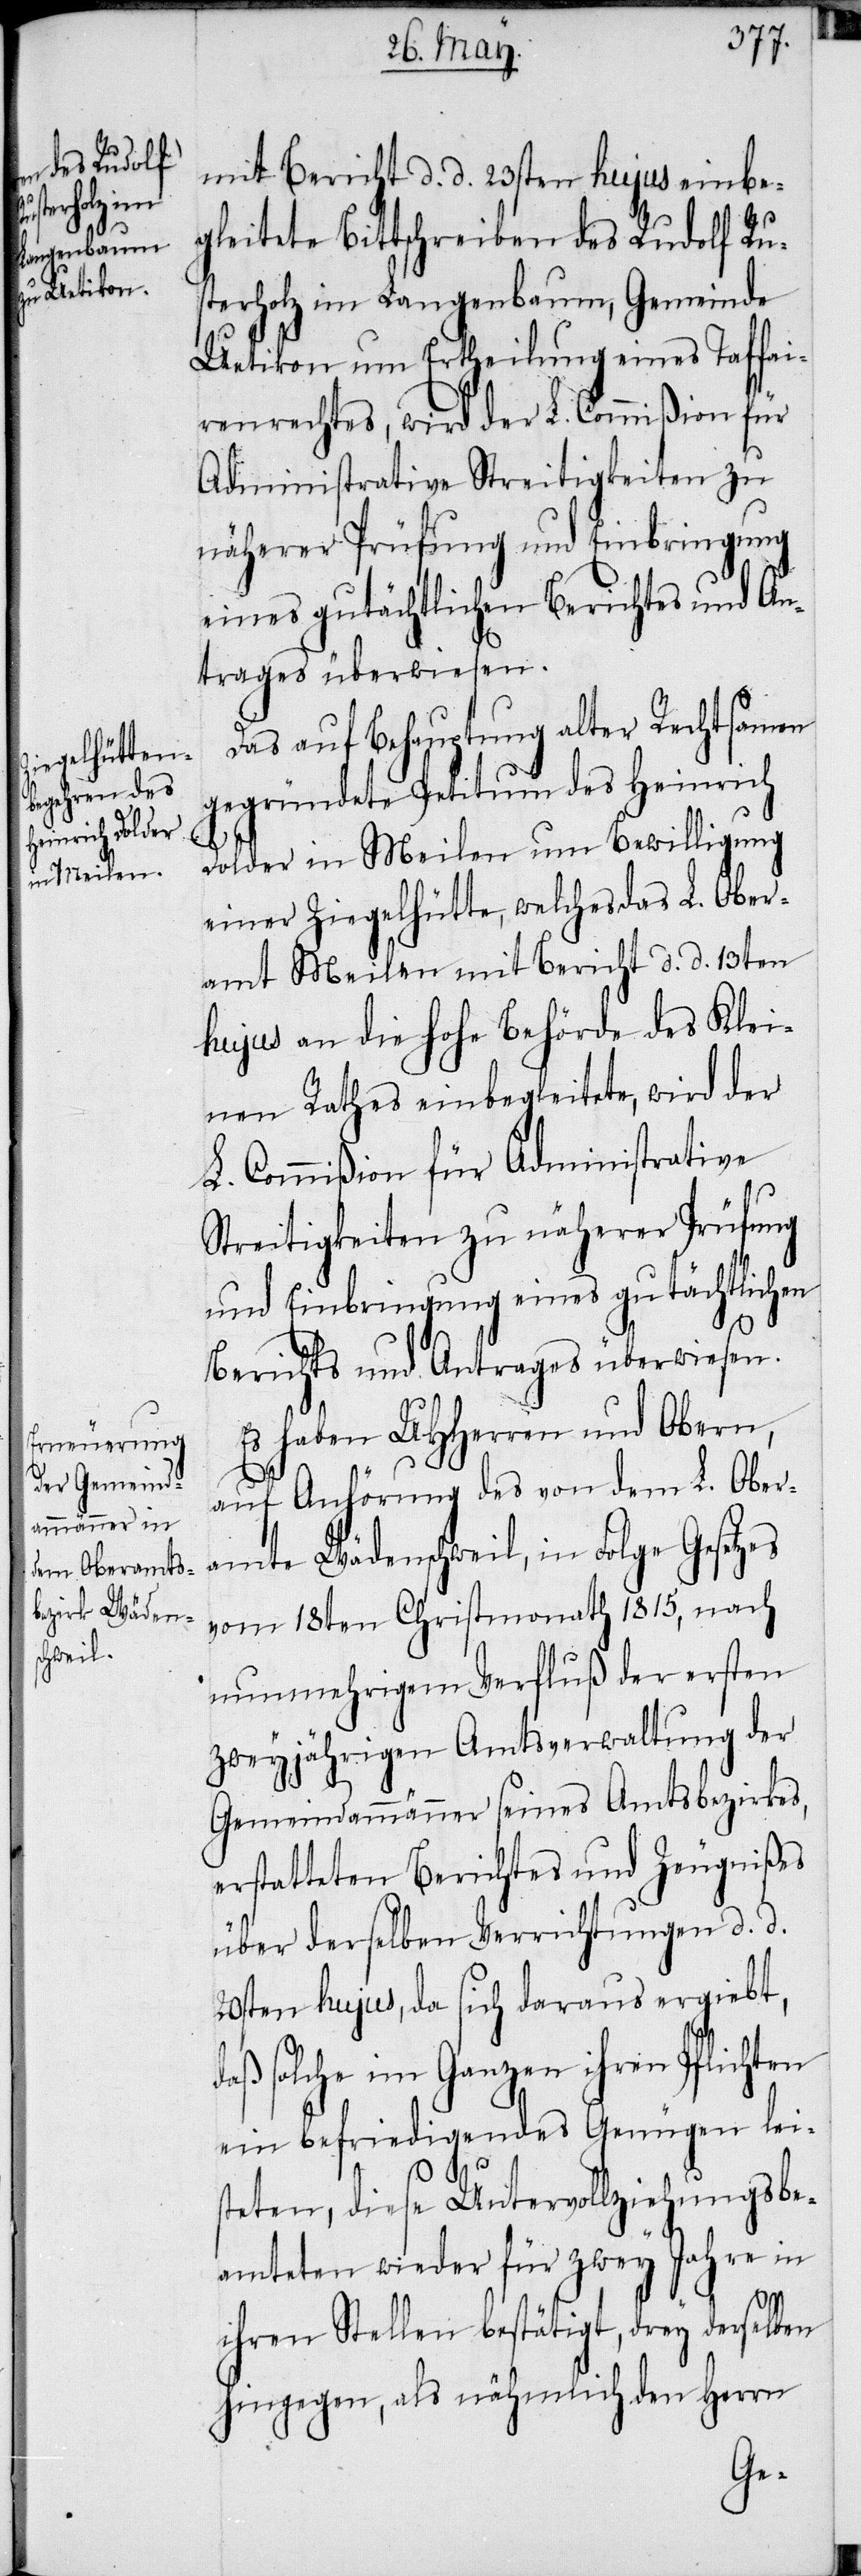
mit Bericht d. d. 23sten hujus einbe¬
gleitete Bittschreiben des Rudolf Ru¬
sterholz im Langenbaum, Gemeinde
Uetikon um Ertheilung eines Taffai¬
renrechtes, wird der L. Commißion für
Administrative Streitigkeiten zu
näherer Prüfung und Einbringung
eines gutächtlichen Berichtes und An¬
trages überwiesen.
Das auf Behauptung alter Rechtsamen
gegründete Petitum des Heinrich
Dolder in Meilen um Bewilligung
einer Ziegelhütte, welches das L. Ober¬
amt Meilen mit Bericht d. d. 13ten
hujus an die hohe Behörde des Klei¬
nen Rathes einbegleitete, wird der
L. Commißion für Administrative
Streitigkeiten zu näherer Prüfung
und Einbringung eines gutächtlichen
Berichts und Antrages überwiesen.
Es haben UHHerren und Obern,
auf Anhörung des von dem L. Ober¬
amte Wädenschweil, in Folge Gesetzes
vom 18ten Christmonath 1815, nach
nunmehrigem Verfluß der ersten
zweyjährigen Amtsverwaltung der
Gemeindammänner seines Amtsbezirkes,
erstatteten Berichtes und Zeugnißes
über derselben Verrichtungen d. d.
20sten hujus, da sich daraus ergiebt,
daß solche im Ganzen ihren Pflichten
ein befriedigendes Genügen leis¬
teten, diese Untervollziehungsbe¬
amteten wieder für zwey Jahre in
ihren Stellen bestätigt, drey derselben
hingegen, als nähmlich den Herrn